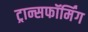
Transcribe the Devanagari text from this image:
ट्रान्सफॉर्मिंग